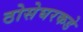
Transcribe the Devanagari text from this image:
ठोसेघरकडे